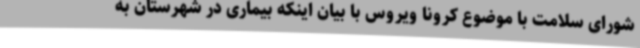
شورای سلامت با موضوع کرونا ویروس با بیان اینکه بیماری در شهرستان به